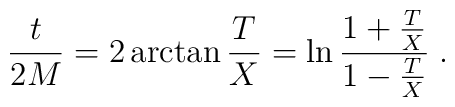
{t\over 2M}=2\arctan{T\over X}=\ln \frac{1+{T\over X}}{1-{T\over X}}\;.